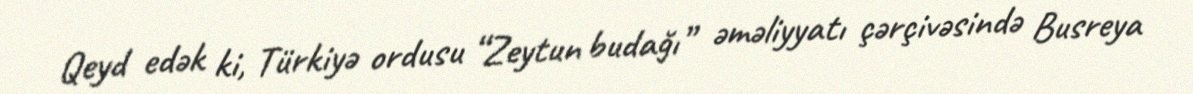
Qeyd edək ki, Türkiyə ordusu “Zeytun budağı” əməliyyatı çərçivəsində Busreya